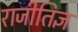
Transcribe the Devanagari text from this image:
राजीतिज्ञ